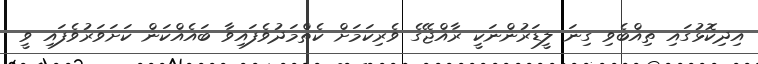
އިދިކޮޅުގައި ތިއްބެވި ގިނަ ލީޑަރުންނަކީ ރާއްޖޭގެ ވެރިކަމަށް ކެތްމަދުވެފައިވާ ބައެއްކަން ކަށަވަރުވެފައި ވީ